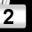
Digit: 2